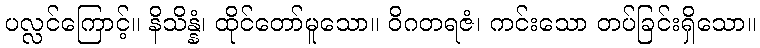
ပလ္လင်ကြောင့်။ နိသိန္နံ၊ ထိုင်တော်မူသော။ ဝိဂတရဇံ၊ ကင်းသော တပ်ခြင်းရှိသော။